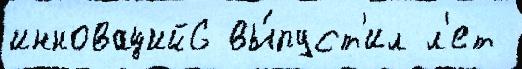
инноваций6 вы́пуст'ил л'ет